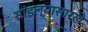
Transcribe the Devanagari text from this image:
सांडल्यासारखे